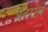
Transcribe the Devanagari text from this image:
प्रवरांचे